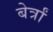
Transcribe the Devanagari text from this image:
बेर्त्रां